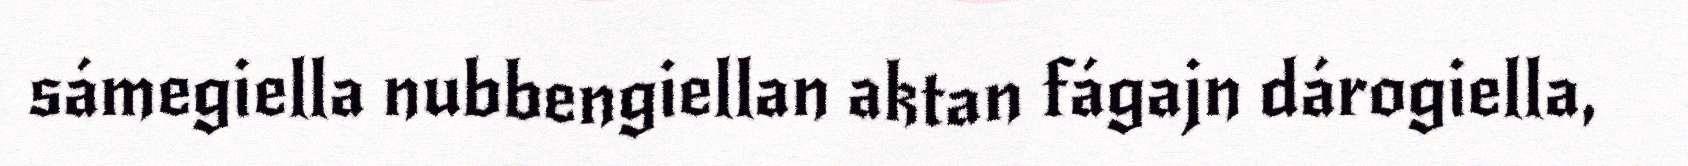
sámegiella nubbengiellan aktan fágajn dárogiella,